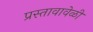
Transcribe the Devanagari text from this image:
प्रस्तावावेळी